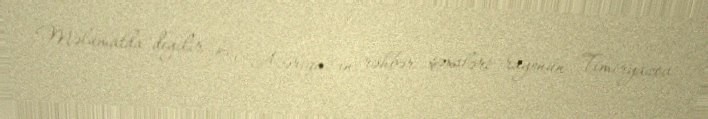
Məlumatda deyilir ki, "Azəriqaz"ın rəhbər şəxsləri rayonun Timiryazev